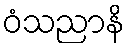
ဝံသညာနိ